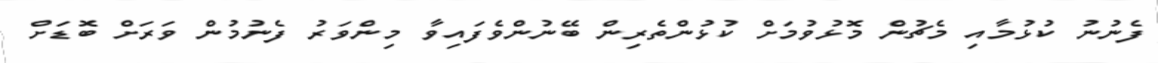
ފެނުނު ކުޅުމާއި މެޗުން މޮޅުވުމަށް ކުޅުންތެރިން ބޭނުންވެފައިވާ މިންވަރު ފެނުމުން ވަރަށް ބޮޑަށް